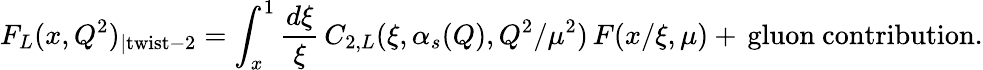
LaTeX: F_{L}(x,Q^{2})_{|\mathrm{twist-2}}=\int_{x}^{1}\frac{d\xi}{\xi}\, C_{2,L}(\xi,\alpha_{s}(Q),Q^{2}/\mu^{2})\, F(x/\xi,\mu)+\, \mathrm{gluon~contribution}.